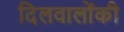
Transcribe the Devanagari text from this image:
दिलवालोंकी